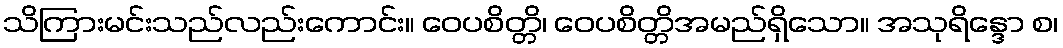
သိကြားမင်းသည်လည်းကောင်း။ ဝေပစိတ္တိ၊ ဝေပစိတ္တိအမည်ရှိသော။ အသုရိန္ဒော စ၊